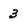
Character: 3